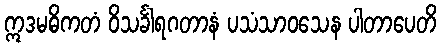
ဣဒမဓိကတံ ဝိသင်္ခါရဂတာနံ ပသံသာဝသေန ပါတာပေတိ